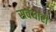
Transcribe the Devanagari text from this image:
सर्वधारी